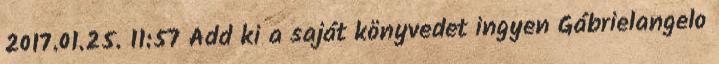
2017.01.25. 11:57 Add ki a saját könyvedet ingyen Gábrielangelo